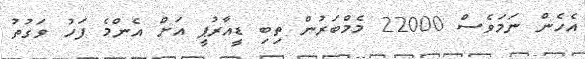
އެހެން ނަމަވެސް 22000 މެމްބަރުން ތިބި ޑީއާރުޕީ އަށް އެންމެ ފަހު ވަގުތު